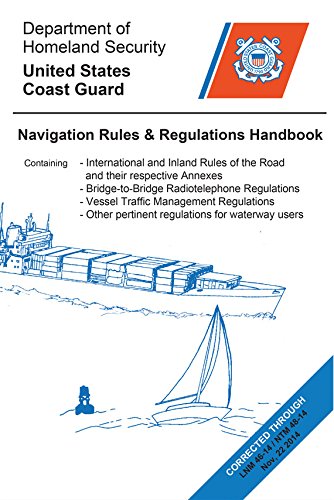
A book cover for Navigation Rules and Regulations Handbook; US Coast Guard; Engineering & Transportation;